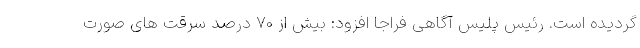
گردیده است. رئیس پلیس آگاهی فراجا افزود: بیش از ۷۰ درصد سرقت های صورت